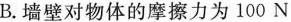
B.墙壁对物体的摩擦力为100N